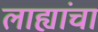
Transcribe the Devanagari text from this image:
लाह्यांचा